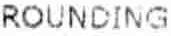
ROUNDING